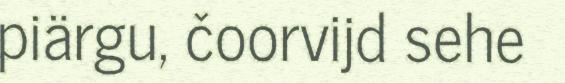
piärgu, čoorvijd sehe